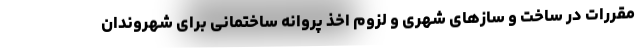
مقررات در ساخت و سازهای شهری و لزوم اخذ پروانه ساختمانی برای شهروندان